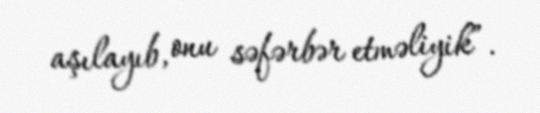
aşılayıb, onu səfərbər etməliyik”.